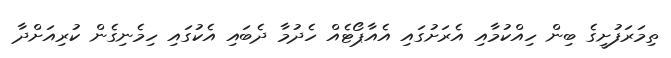
ތިމަރަފުށީގެ ބިން ހިއްކުމާއި އެރަށުގައި އެއާޕޯޓެއް ހެދުމާ ދެބައި އެކުގައި ހިމެނިގެން ކުރިއަށްދާ